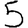
Digit: 5